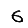
Digit: 6